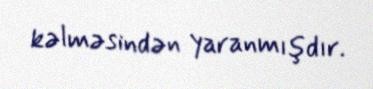
kəlməsindən yaranmışdır.